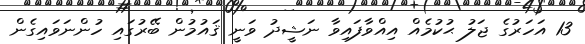
13 އަހަރުގެ ޖަލު ޙުކުމެއް އިއްވާފައިވާ ނަޝީދު ވަނީ ޤައުމުން ބޭރުގައި ހުންނަވައިގެން